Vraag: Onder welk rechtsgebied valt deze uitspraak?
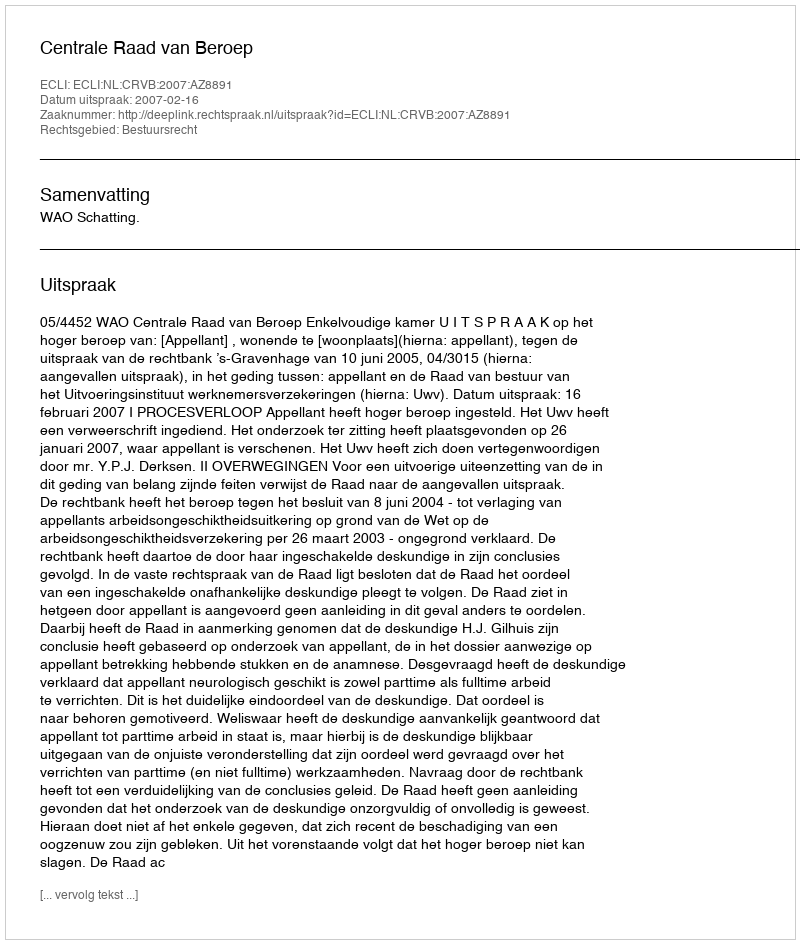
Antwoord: Bestuursrecht